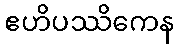
ဧဟိပဿိကေန